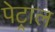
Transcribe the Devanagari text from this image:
पेट्राल